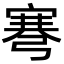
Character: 弿